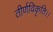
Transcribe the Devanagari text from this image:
तीर्णविकृति।।